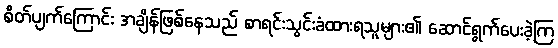
စိတ်ပျက်ကြောင်း အချိန်ဖြစ်နေသည် စာရင်းသွင်းခံထားရသူများ၏ ဆောင်ရွက်ပေးခဲ့ကြ